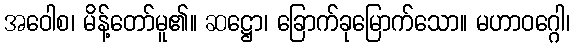
အဝေါစ၊ မိန့်တော်မူ၏။ ဆဋ္ဌော၊ ခြောက်ခုမြောက်သော။ မဟာဝဂ္ဂေါ၊